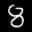
Label: 8